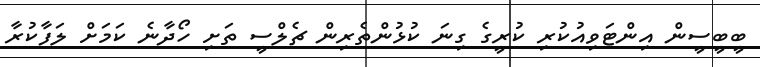
ބީބީސީން އިންޓަވިއުކުރި ކުރީގެ ގިނަ ކުޅުންތެރިން ޗެލްސީ ތަށި ހޯދާނެ ކަމަށް ލަފާކުރާ